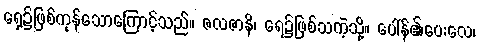
ရှေ့၌ဖြစ်ကုန်သောကြောင့်သည်။ ဇလဇာနိ၊ ရေ၌ဖြစ်သကဲ့သို့။ ပေါ်န်၏ပေးလေ၊